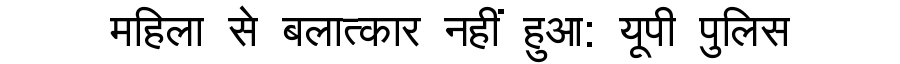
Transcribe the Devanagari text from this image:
महिला से बलात्कार नहीं हुआ: यूपी पुलिस